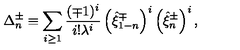
\Delta _ { n } ^ { \pm } \equiv \sum _ { i \geq 1 } ^ { } \frac { ( \mp 1 ) ^ { i } } { i ! \lambda ^ { i } } \left( \hat { \xi } _ { 1 - n } ^ { \mp } \right) ^ { i } \left( \hat { \xi } _ { n } ^ { \pm } \right) ^ { i } ,